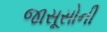
જાસૂસોની